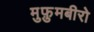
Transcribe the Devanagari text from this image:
मुफ़ुमबीरो